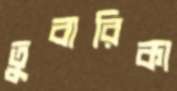
তুবারিকা